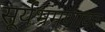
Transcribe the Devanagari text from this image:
सूर्यभ्रमणावर